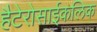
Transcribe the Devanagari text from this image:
हैटेरोसाईकलिक